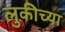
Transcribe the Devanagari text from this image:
लुकीच्या